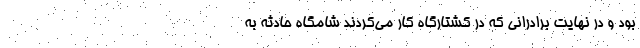
بود و در نهایت برادرانی که در کشتارگاه کار می‌کردند شامگاه حادثه به